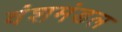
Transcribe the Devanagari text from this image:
वंशमंडल